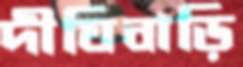
দীঘিবাড়ি